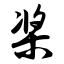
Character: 桨